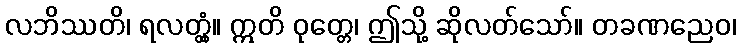
လဘိဿတိ၊ ရလတ္တံ့။ ဣတိ ဝုတ္တေ၊ ဤသို့ ဆိုလတ်သော်။ တခဏညေဝ၊